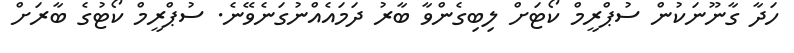
ހަދާ ގާނޫނަކުން ސުޕްރީމް ކޯޓަށް ލިބިގެންވާ ބާރު ދަމައެއްނުގަނެވޭނެ. ސުޕްރީމް ކޯޓުގެ ބާރަށް